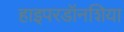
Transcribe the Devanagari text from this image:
हाइपरडॉनशिया